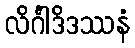
လိင်္ဂါဒိဒဿနံ